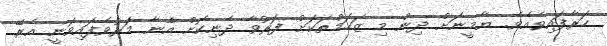
ހަރާފައިވެއެވެ. ޔާމީނަށް ދިން މި ޒަހަމްތަކަށް ފަރުވާ ދެނިކޮށް އޭނާ މަރުވެފައިވަނީ އެރޭ